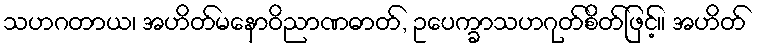
သဟဂတာယ၊ အဟိတ်မနောဝိညာဏဓာတ်, ဥပေက္ခာသဟဂုတ်စိတ်ဖြင့်။ အဟိတ်